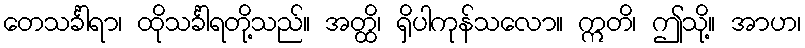
တေသင်္ခါရာ၊ ထိုသင်္ခါရတို့သည်။ အတ္ထိ၊ ရှိပါကုန်သလော။ ဣတိ၊ ဤသို့။ အာဟ၊